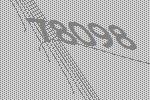
78098